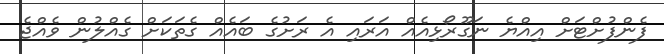
ފެންފުށްޓަށް އިއްޔެ ނަގޫރޯޅިއެއް އަރައި އެ ރަށުގެ ބައެއް ގެތަކަށް ގެއްލުން ވެއްޖެ